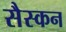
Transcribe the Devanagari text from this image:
सैस्कन